Report on the bubonic plague in Bombay, 1896-1897
Year: 1896
Disease focus: Plague
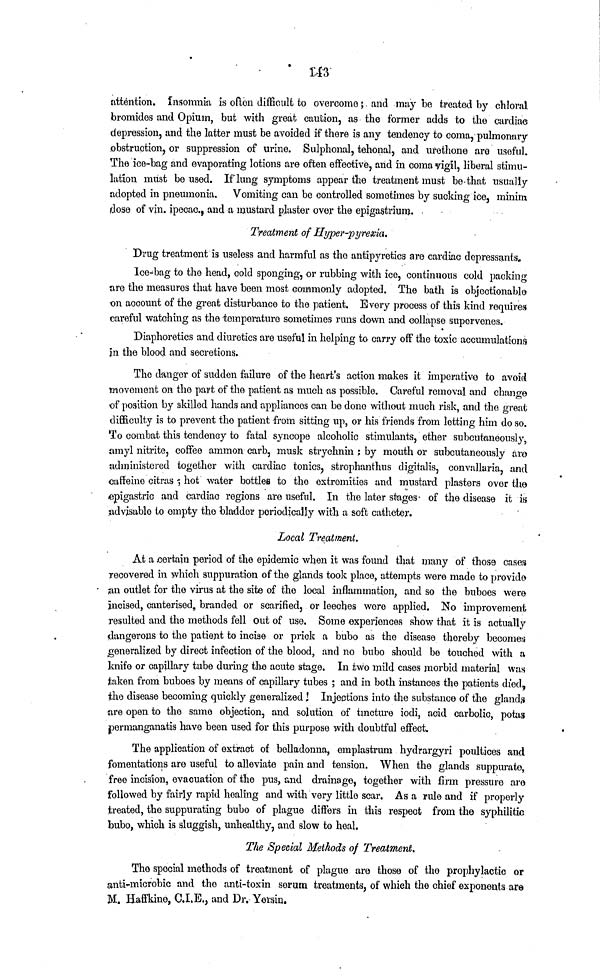
143
attention. Insomnia is often difficult to overcome ; and may be treated by chloral
bromides and Opium, but with great caution, as the former adds to the cardiac
depression, and the latter must be avoided if there is any tendency to coma, pulmonary
obstruction, or suppression of urine. Sulphonal, tehonal, and urethone are useful.
The ice-bag and evaporating lotions are often effective, and in coma vigil, liberal stimu-
lation must be used. If lung symptoms appear the treatment must be that usually
adopted in pneumonia. Vomiting can be controlled sometimes by sucking ice, minim
dose of vin. ipecac., and a mustard plaster over the epigastrium.
Treatment of Hyper-pyrexia.
Drug treatment is useless and harmful as the antipyretics are cardiac depressants.
Ice-bag to the head, cold sponging, or rubbing with ice, continuous cold packing
are the measures that have been most commonly adopted. The bath is objectionable
on account of the great disturbance to the patient. Every process of this kind requires
careful watching as the temperature sometimes runs down and collapse supervenes.
Diaphoretics and diuretics are useful in helping to carry off the toxic accumulations
in the blood and secretions.
The danger of sudden failure of the heart s action makes it imperativo to avoid
movement on the part of the patient as much as possible. Careful removal and change
of position by skilled hands and appliances can be done without much risk, and the great
difficulty is to prevent the patient from sitting up, or his friends from letting him do so.
To combat this tendency to fatal syncope alcoholic stimulants, ether subcutaneously,
amyl nitrite, coffee ammon carb, musk strychnin ; by mouth or subcutaneously are
administered together with cardiac tonics, strophanthus digitalis, convallaria, and
caffeine citras ; hot water bottles to the extremities and mustard plasters over the
epigastric and cardiac regions are useful. In the later stages of the disease it is
advisable to empty the bladder periodically with a soft catheter.
Local Treatment.
At a certain period of the epidemic when it was found that many of those cases
recovered in which suppuration of the glands took place, attempts were made to provide
an outlet for the virus at the site of the local inflammation, and so the buboes were
incised, canterised, branded or scarified, or leeches were applied. No improvement
resulted and the methods fell out of use. Some experiences show that it is actually
dangerous to the patient to incise or prick a bubo as the disease thereby becomes
generalized by direct infection of the blood, and no bubo should be touched with a
knife or capillary tube during the acute stage. In two mild cases morbid material was
taken from buboes by means of capillary tubes ; and in both instances the patients died,
the disease becoming quickly generalized! Injections into the substance of the glands
are open to the same objection, and solution of tincture iodi, acid carbolic, potas
permanganatis have been used for this purpose with doubtful effect.
The application of extract of belladonna, emplastrum hydrargyri poultices and
fomentations are useful to alleviate pain and tension. When the glands suppurate,
free incision, evacuation of the pus, and drainage, together with firm pressure are
followed by fairly rapid healing and with very little scar. As a rule and if properly
treated, the suppurating bubo of plague differs in this respect from the syphilitic
bubo, which is sluggish, unhealthy, and slow to heal.
The Special Methods of Treatment.
The special methods of treatment of plague are those of the prophylactic or
anti-microbic and the anti-toxin serum treatments, of which the chief exponents are
M. Haffkine, C.I.E., and Dr. Yersin.